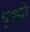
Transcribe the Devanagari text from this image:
पृच्छति